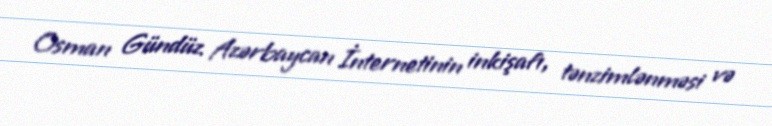
Osman Gündüz Azərbaycan İnternetinin inkişafı, tənzimlənməsi və